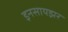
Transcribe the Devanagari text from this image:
इनसायझर